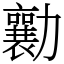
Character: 勷